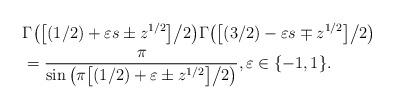
LaTeX: \begin{align*} & \Gamma\big(\big[(1/2) + \varepsilon s \pm z^{1/2}\big]\big/2\big)\Gamma\big(\big[(3/2) - \varepsilon s \mp z^{1/2}\big]\big/2\big) \\& =\dfrac{\pi}{\sin\big(\pi\big[(1/2) + \varepsilon \pm z^{1/2}\big]\big/2\big)}, \varepsilon \in \{-1,1\}. \end{align*}